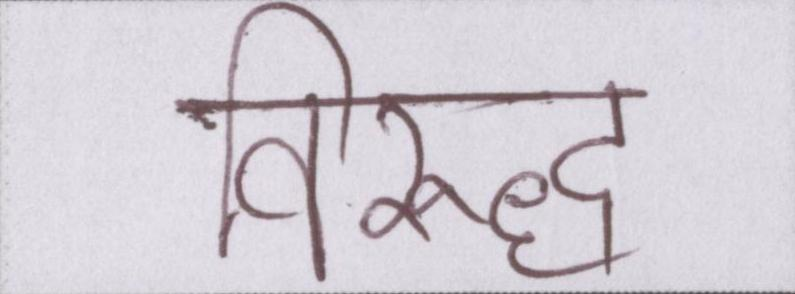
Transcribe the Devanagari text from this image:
विरूद्ध